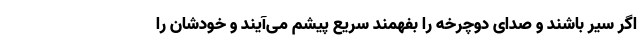
اگر سیر باشند و صدای دوچرخه را بفهمند سریع پیشم می‌آیند و خودشان را